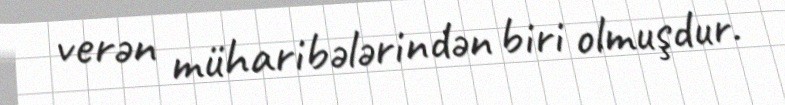
verən müharibələrindən biri olmuşdur.